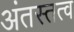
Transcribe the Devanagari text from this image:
अंतस्तत्व